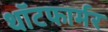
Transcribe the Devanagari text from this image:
थॉटफार्मर